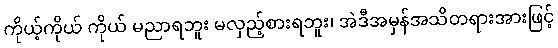
ကိုယ့်ကိုယ် ကိုယ် မညာရဘူး မလှည့်စားရဘူး၊ အဲဒီအမှန်အသိတရားအားဖြင့်